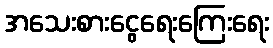
အသေးစားငွေရေးကြေးရေး